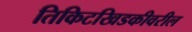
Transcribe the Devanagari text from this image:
तिकिटखिडकीवरील